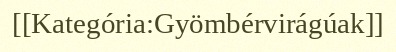
[[Kategória:Gyömbérvirágúak]]